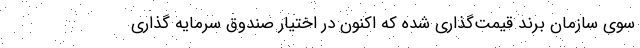
سوی سازمان برند قیمت‌گذاری شده که اکنون در اختیار صندوق سرمایه گذاری